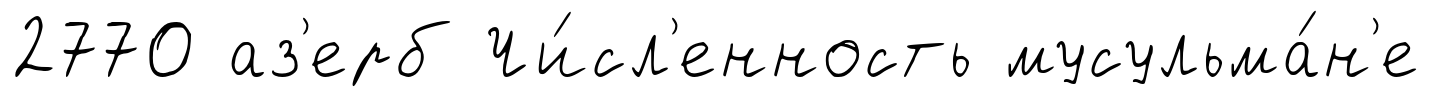
2770 аз'ерб Чи́сл'енность мусульма́н'е